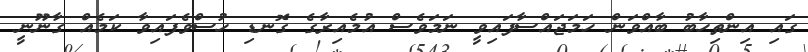
ގައި އިންތިހާބު ބާއްވަން ހަމަޖައްސާފައިވީ ނަމަވެސް އުމެއިރާގެ ގޮނޑި ހުސްވެފައިވާ ކަމެއް ގާނޫނީ